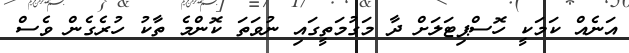
އަނެއް ކަމަކީ ހޮސްޕިޓަލަށް ދާ މަގުމަތީގައި ނުވަތަ ކޮންމެ ތާކު ހުރެގެން ވެސް